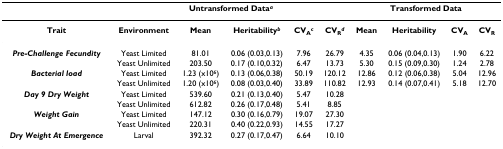
<table><thead><tr><td></td><td colspan="5"><b>Untransformed Data<sup><i>a</i></sup></b></td><td colspan="4"><b>Transformed Data</b></td></tr></thead><tbody><tr><td><b>Trait</b></td><td><b>Environment</b></td><td><b>Mean</b></td><td><b>Heritability</b><sup><b><i>b</i></b></sup></td><td><b>CV</b><sub><b>A</b></sub><sup><b><i>c</i></b></sup></td><td><b>CV</b><sub><b>R</b></sub><sup><b><i>d</i></b></sup></td><td><b>Mean</b></td><td><b>Heritability</b></td><td><b>CV</b><sub><b>A</b></sub></td><td><b>CV</b><sub><b>R</b></sub></td></tr><tr><td><b><i>Pre-Challenge Fecundity</i></b></td><td>Yeast Limited</td><td>81.01</td><td>0.06 (0.03,0.13)</td><td>7.96</td><td>26.79</td><td>4.35</td><td>0.06 (0.04,0.13)</td><td>1.90</td><td>6.22</td></tr><tr><td></td><td>Yeast Unlimited</td><td>203.50</td><td>0.17 (0.10,0.32)</td><td>6.47</td><td>13.73</td><td>5.30</td><td>0.15 (0.09,0.30)</td><td>1.24</td><td>2.78</td></tr><tr><td><b><i>Bacterial load</i></b></td><td>Yeast Limited</td><td>1.23 (x10<sup>6</sup>)</td><td>0.13 (0.06,0.38)</td><td>50.19</td><td>120.12</td><td>12.86</td><td>0.12 (0.06,0.38)</td><td>5.04</td><td>12.96</td></tr><tr><td></td><td>Yeast Unlimited</td><td>1.20 (x10<sup>6</sup>)</td><td>0.08 (0.03,0.40)</td><td>33.89</td><td>110.82</td><td>12.93</td><td>0.14 (0.07,0.41)</td><td>5.18</td><td>12.70</td></tr><tr><td><b><i>Day 9 Dry Weight</i></b></td><td>Yeast Limited</td><td>539.60</td><td>0.21 (0.13,0.40)</td><td>5.47</td><td>10.28</td><td></td><td></td><td></td><td></td></tr><tr><td></td><td>Yeast Unlimited</td><td>612.82</td><td>0.26 (0.17,0.48)</td><td>5.41</td><td>8.85</td><td></td><td></td><td></td><td></td></tr><tr><td><b><i>Weight Gain</i></b></td><td>Yeast Limited</td><td>147.12</td><td>0.30 (0.16,0.79)</td><td>19.07</td><td>27.30</td><td></td><td></td><td></td><td></td></tr><tr><td></td><td>Yeast Unlimited</td><td>220.31</td><td>0.40 (0.22,0.93)</td><td>14.55</td><td>17.27</td><td></td><td></td><td></td><td></td></tr><tr><td><b><i>Dry Weight At Emergence</i></b></td><td>Larval</td><td>392.32</td><td>0.27 (0.17,0.47)</td><td>6.64</td><td>10.10</td><td></td><td></td><td></td><td></td></tr></tbody></table>